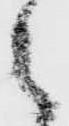
之